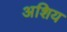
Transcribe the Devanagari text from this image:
अशिय